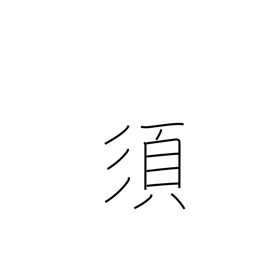
Meaning: ought